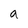
Character: q